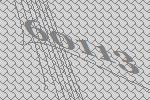
60113